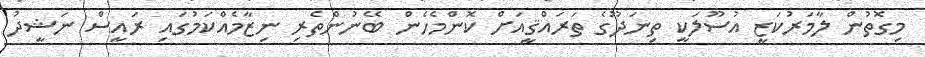
މިގޮތުން ލާމަރުކަޒީ އުސޫލަކީ ތިނަދޫގެ ތަރައްޤީއަށް ކޮންމެހެން ބޭނުންތެރި ނިޒާމެއްކަމުގައި ރައީސް ނަޝީދު